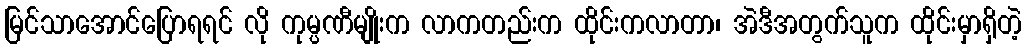
မြင်သာအောင်ပြောရရင် လို ကုမ္ပဏီမျိုးက လာကတည်းက ထိုင်းကလာတာ၊ အဲဒီအတွက်သူက ထိုင်းမှာရှိတဲ့